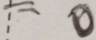
= 0